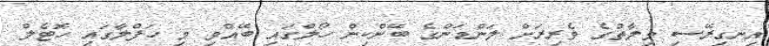
އިނގިރޭސި ވިލާތުގެ ވެރިރަށް ލަންޑަންގެ ބޭންކިން ހޯލްގައި ބޭއްވި މި ހަފްލާގައި ހޮޓެލް